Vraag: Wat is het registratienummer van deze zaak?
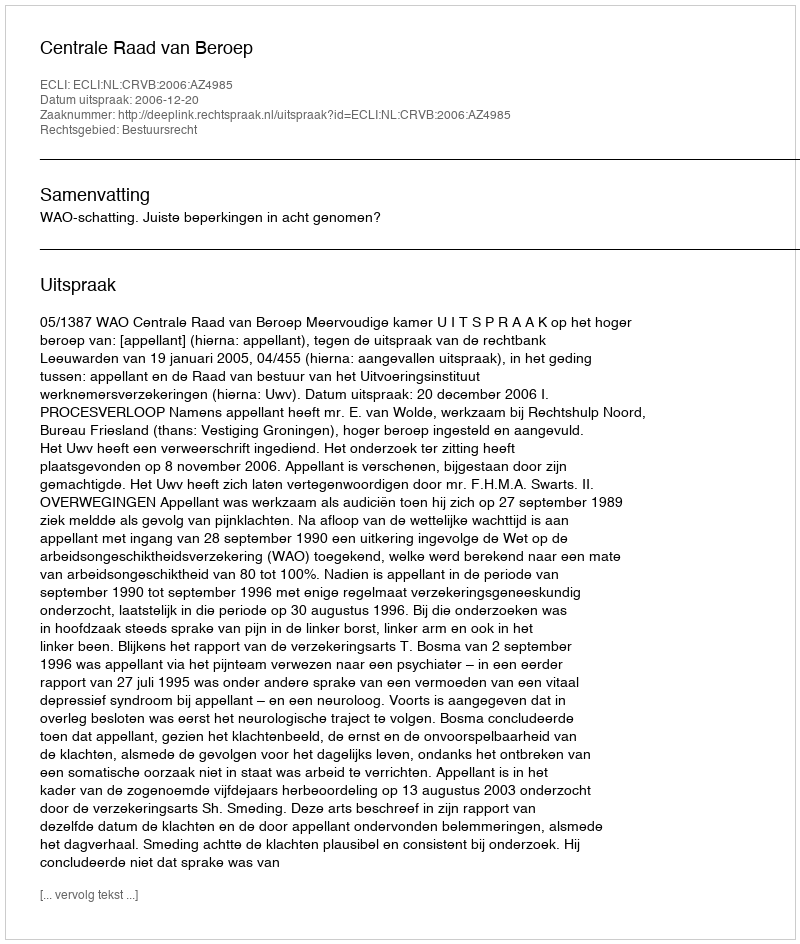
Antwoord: http://deeplink.rechtspraak.nl/uitspraak?id=ECLI:NL:CRVB:2006:AZ4985